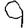
Digit: 9